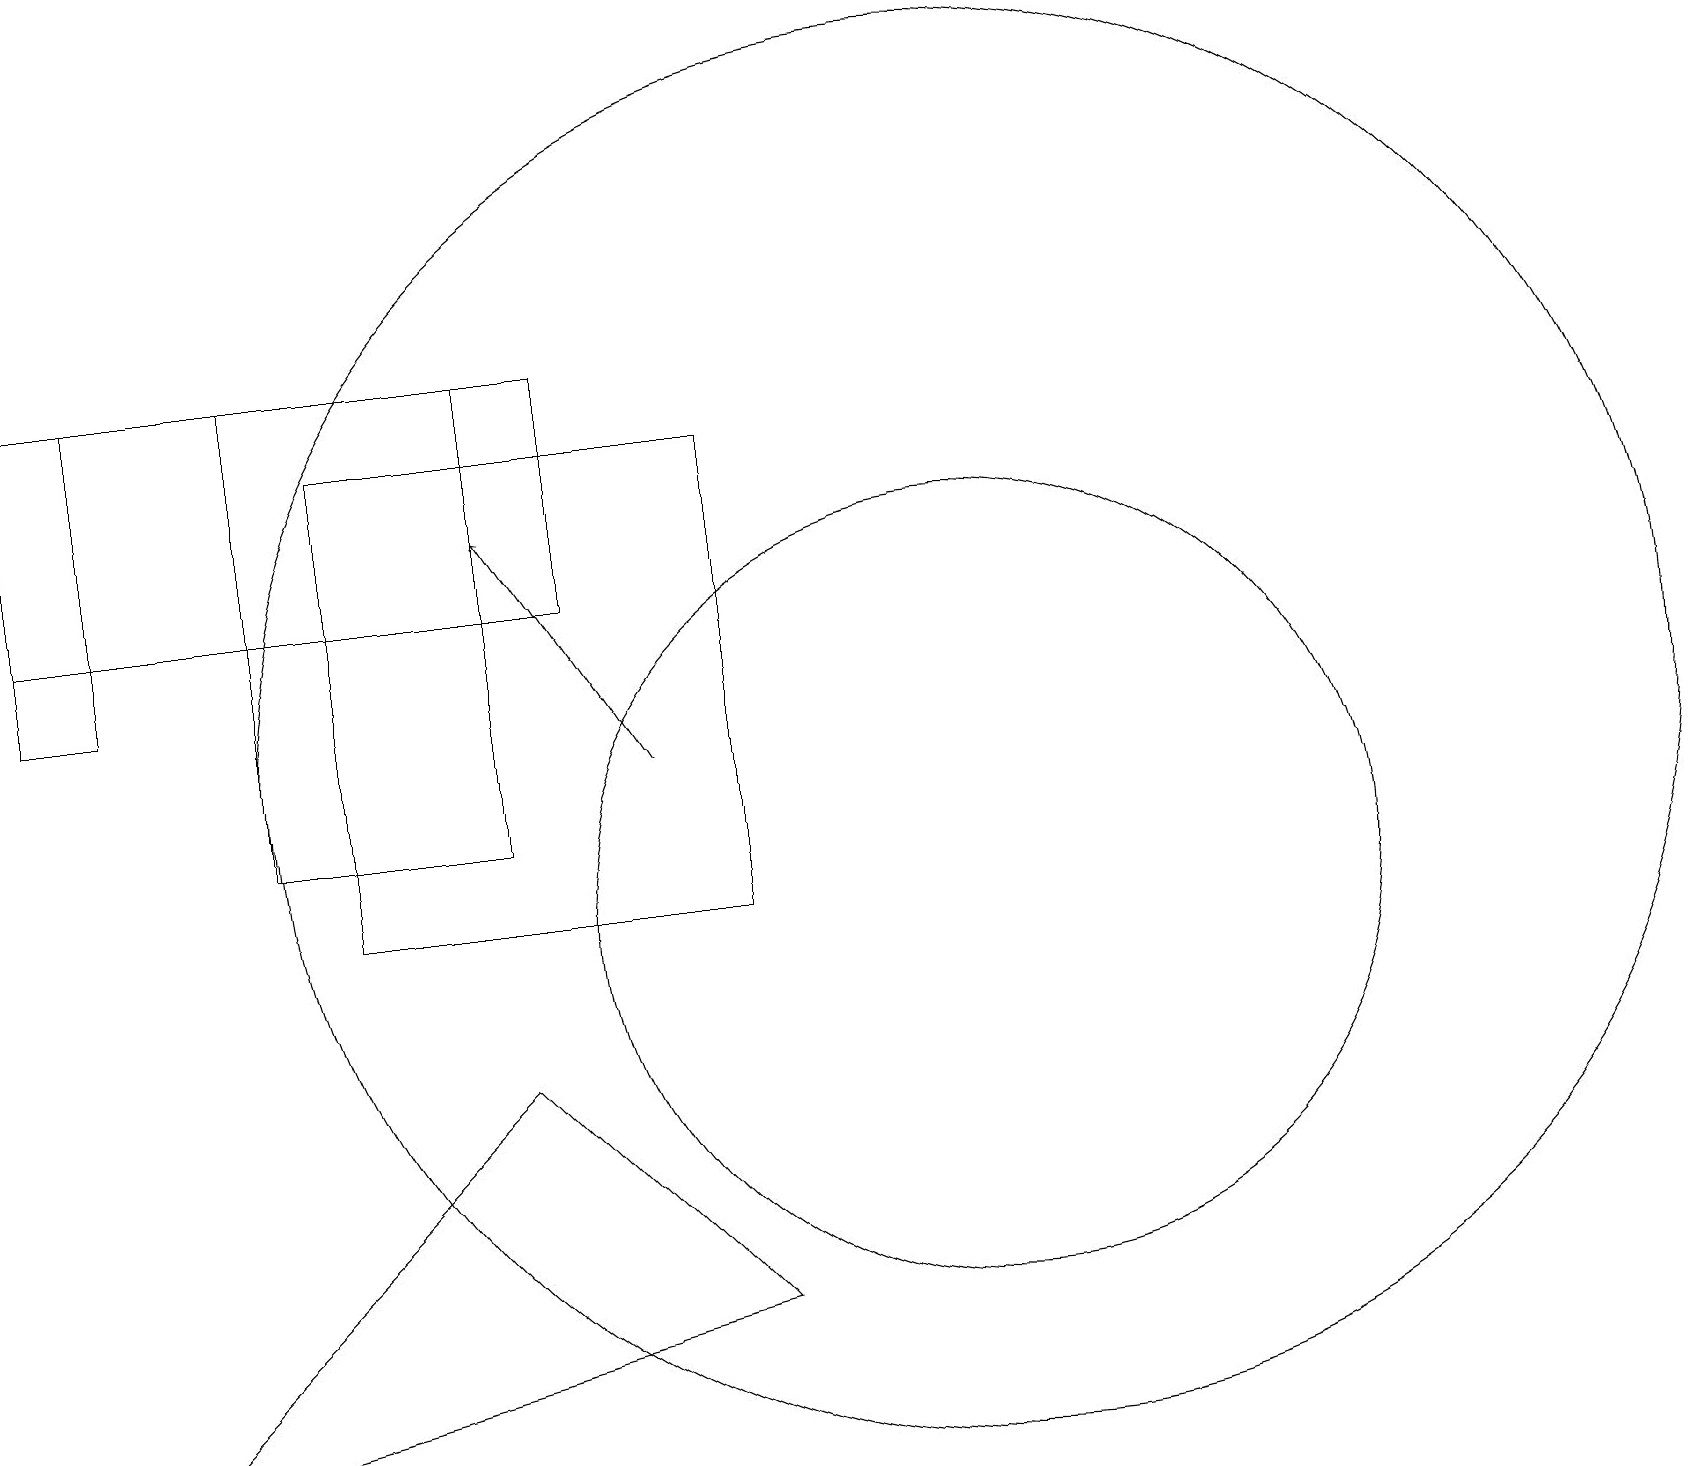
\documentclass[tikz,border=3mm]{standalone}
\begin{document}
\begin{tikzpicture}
\draw (7,17) rectangle (0,14);
\draw (1,3) -- (9,5) -- (6,8) -- cycle;
\draw (12,12) circle (9);
\draw (1,17) rectangle (0,13);
\draw[->] (8,12) -- (6,15);
\draw (12,10) circle (5);
\draw (4,10) rectangle (9,16);
\draw (6,17) rectangle (3,11);
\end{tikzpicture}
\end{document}